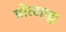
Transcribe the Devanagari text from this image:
प्रोत्साह्न